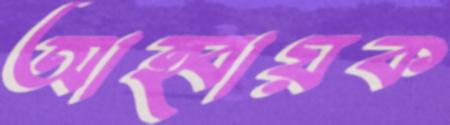
আহ্বায়ক